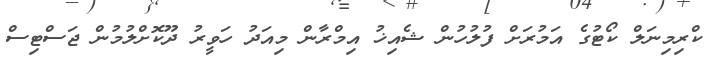
ކްރިމިނަލް ކޯޓުގެ އަމުރަށް ފުލުހުން ޝެއިޚު އިމްރާން މިއަދު ހަވީރު ދޫކޮށްލުމުން ޖަސްޓިސް